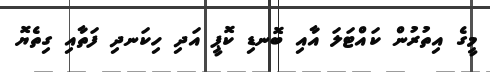
މީގެ އިތުރުން ކައްޓަލަ އާއި ބޮނޑި ކޮޕީ އަދި ހިކަނދި ފަތާއި ގިތެޔޮ